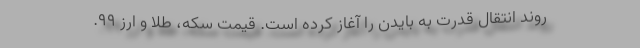
روند انتقال قدرت به بایدن را آغاز کرده است. قیمت سکه، طلا و ارز ۹۹.